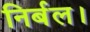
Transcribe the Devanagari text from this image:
निर्बल।